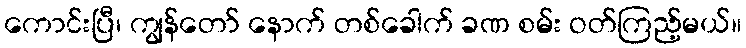
ကောင်းပြီ၊ ကျွန်တော် နောက် တစ်ခေါက် ခဏ စမ်း ဝတ်ကြည့်မယ်။